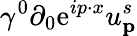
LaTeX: \gamma^{0}\partial_{0}\mathrm{e}^{ip\cdot x}u_{\textbf{p}}^{s}